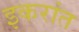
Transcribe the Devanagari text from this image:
इकरांत